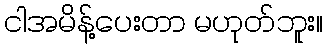
ငါအမိန့်ပေးတာ မဟုတ်ဘူး။